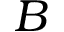
B